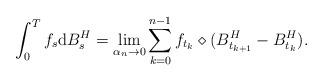
LaTeX: \begin{align*}\int_{0}^{T}f_{s}\mathrm{d}B^{H}_{s}=\lim_{\alpha_{n}\rightarrow 0}\sum_{k=0}^{n-1}f_{t_{k}}\diamond(B^{H}_{t_{k+1}}-B^{H}_{t_{k}}).\end{align*}